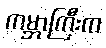
ကမ္ဘာကြီးက